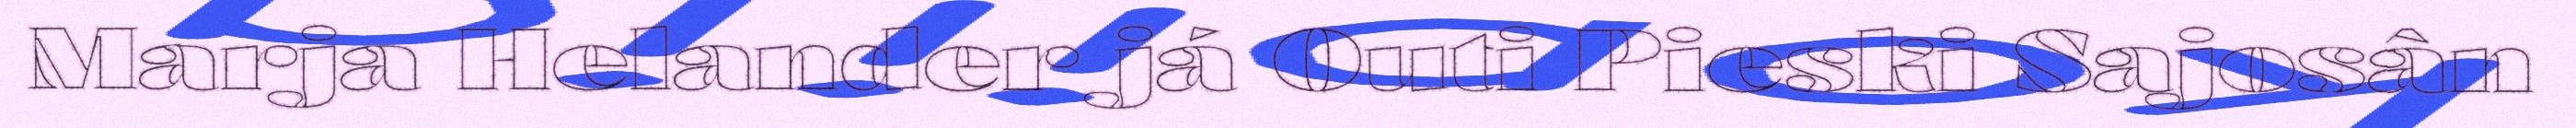
Marja Helander já Outi Pieski Sajosân